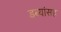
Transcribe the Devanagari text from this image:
डब्यांसह